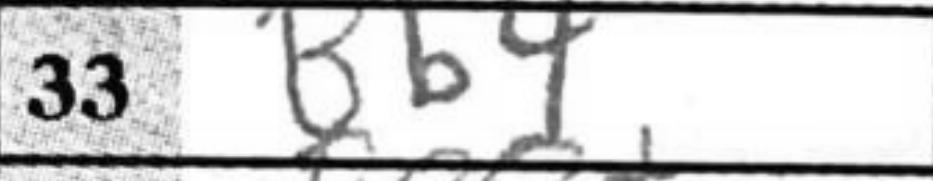
Transcription: Bb4